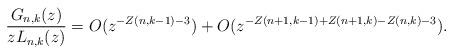
LaTeX: \begin{align*}\frac{G_{n,k}(z)}{zL_{n,k}(z)} = O(z^{- Z(n,k-1) -3}) + O(z^{- Z(n+1,k-1) + Z(n+1,k)- Z(n,k) -3}).\end{align*}